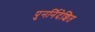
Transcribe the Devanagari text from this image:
पुनर्निदेशित